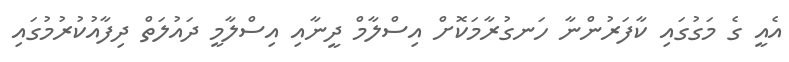
އެއީ ގެ މަގުގައި ކާފަރުންނާ ހަނގުރާމަކޮށް އިސްލާމް ދީނާއި އިސްލާމީ ދައުލަތް ދިފާއުކުރުމުގައި